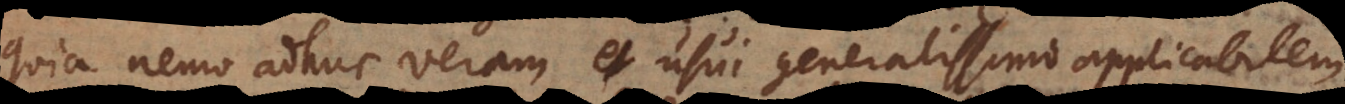
quia nemo adhuc veram et usui generalissimo applicabilem